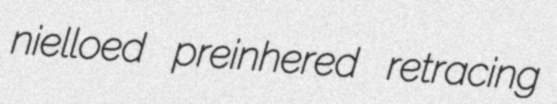
nielloed preinhered retracing